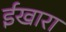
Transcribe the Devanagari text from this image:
ईखारा